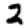
Digit: 3